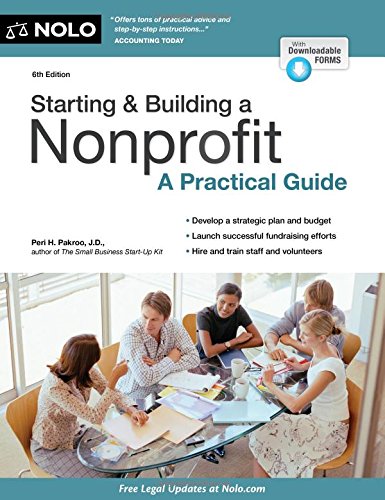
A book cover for Starting & Building a Nonprofit: A Practical Guide; Peri Pakroo; Law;